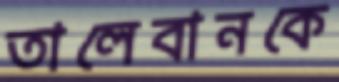
তালেবানকে